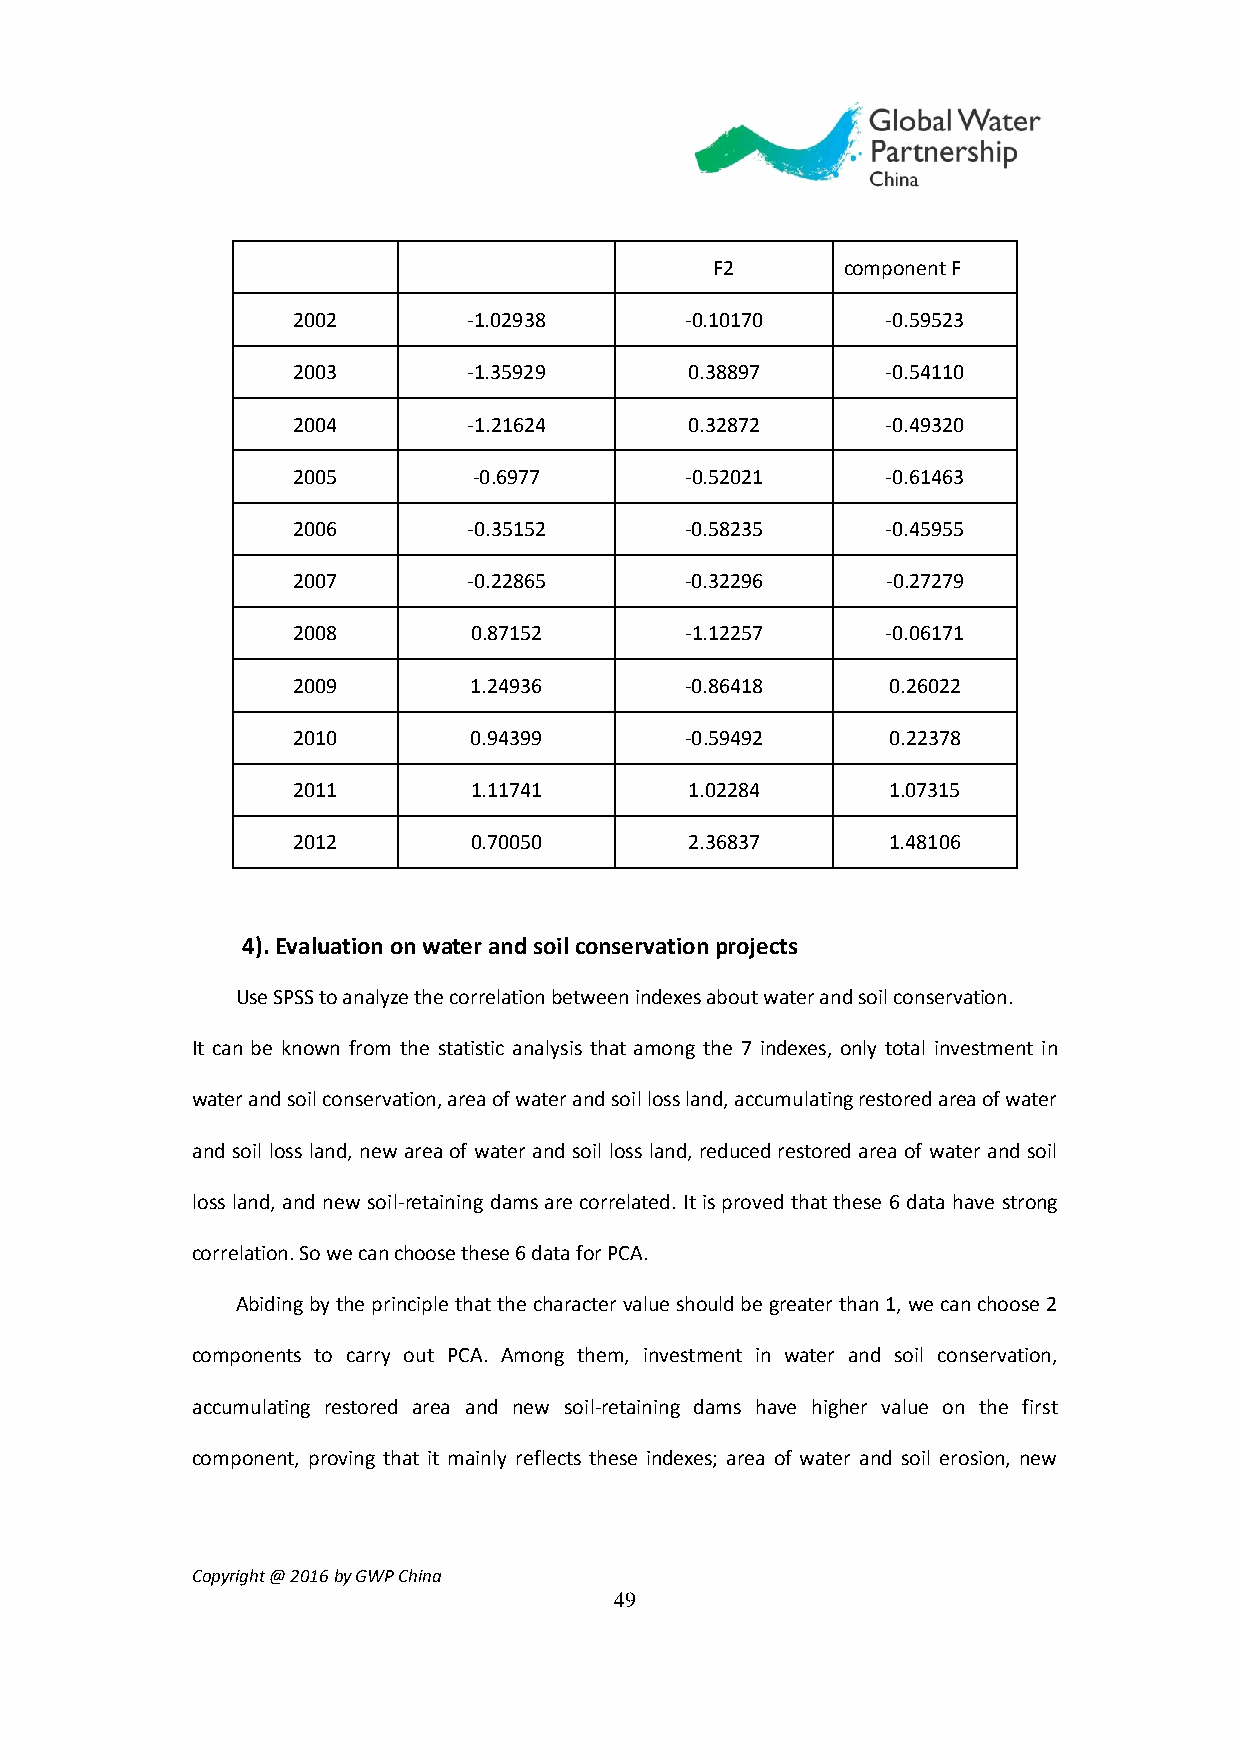
F2       component F
 2002        -1.02938      -0.10170      -0.59523
 2003        -1.35929       0.38897      -0.54110
 2004        -1.21624       0.32872      -0.49320
 2005        -0.6977       -0.52021      -0.61463
 2006        -0.35152      -0.58235      -0.45955
 2007        -0.22865      -0.32296      -0.27279
 2008        0.87152       -1.12257      -0.06171
 2009        1.24936       -0.86418      0.26022
 2010        0.94399       -0.59492      0.22378
 2011        1.11741        1.02284      1.07315
 2012        0.70050        2.36837      1.48106
 4). Evaluation on water and soil conservation projects
 Use SPSS to analyze the correlation between indexes about water and soil conservation.
 It can be known from the statistic analysis that among the 7 indexes, only total investment in
 water and soil conservation, area of water and soil loss land, accumulating restored area of water
 and soil loss land, new area of water and soil loss land, reduced restored area of water and soil
 loss land, and new soil-retaining dams are correlated. It is proved that these 6 data have strong
 correlation. So we can choose these 6 data for PCA.
 Abiding by the principle that the character value should be greater than 1, we can choose 2
 components to carry out PCA. Among them, investment in water and soil conservation,
 accumulating restored area and new soil-retaining dams have higher value on the first
 component, proving that it mainly reflects these indexes; area of water and soil erosion, new
 Copyright @ 2016 by GWP China
 49